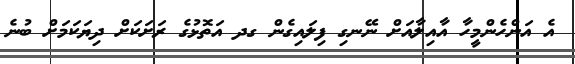
އެ އަންހެންމީހާ އާއިލާއަށް ނޭނގި ފިލައިގެން ގދ އަތޮޅުގެ ރަށަކަށް ދިޔަކަމަށް ބުނެ